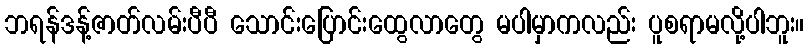
ဘရန်ဒန့်ဇာတ်လမ်းပီပီ သောင်းပြောင်းထွေလာတွေ မပါမှာကလည်း ပူစရာမလို့ပါဘူး။